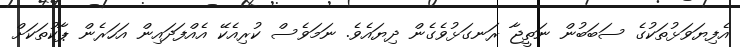
އެފިޔަވަޅުތަކުގެ ސަބަބުން ނަތީޖާ ރަނގަޅުވެގެން ދިޔައެވެ. ނަމަވެސް ކުރިއެކޭ އެއްފަދައިން އަހަރެން ޕާކުތަކަށް